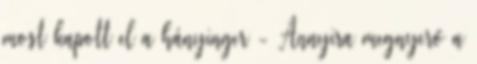
most kapott el a hányinger - Annyira megnyerő a